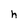
Character: h